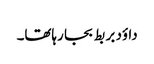
داؤد بر بط بجا رہاتھا۔